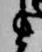
ま